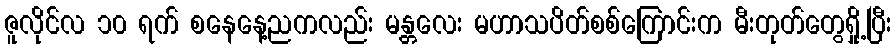
ဇူလိုင်လ ၁၀ ရက် စနေနေ့ညကလည်း မန္တလေး မဟာသပိတ်စစ်ကြောင်းက မီးတုတ်တွေရှို့ပြီး